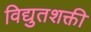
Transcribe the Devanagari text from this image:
विद्युतशक्ती